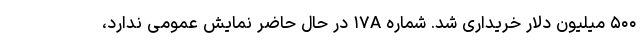
۵۰۰ میلیون دلار خریداری شد. شماره ۱۷A در حال حاضر نمایش عمومی ندارد،